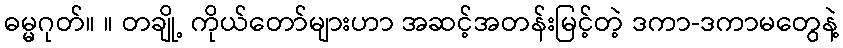
ဓမ္မဂုတ်။ ။ တချို့ ကိုယ်တော်များဟာ အဆင့်အတန်းမြင့်တဲ့ ဒကာ-ဒကာမတွေနဲ့